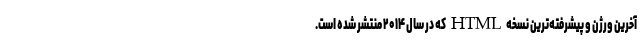
آخرین ورژن و پیشرفته‌ترین نسخه‌ HTML که در سال ۲۰۱۴ منتشر شده است.